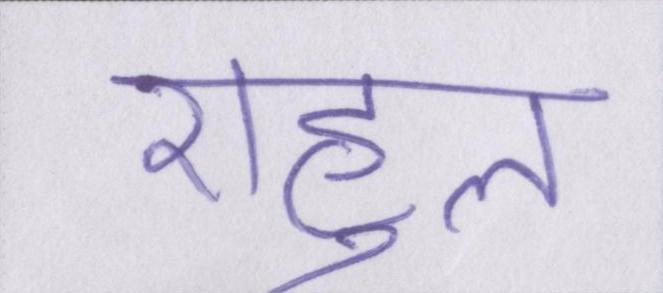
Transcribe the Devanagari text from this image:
राहुल